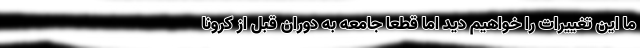
ما این تغییرات را خواهیم دید اما قطعا جامعه به دوران قبل از کرونا